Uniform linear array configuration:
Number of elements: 8
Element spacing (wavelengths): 1
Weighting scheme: hamming
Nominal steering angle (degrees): -30
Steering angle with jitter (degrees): -30.37
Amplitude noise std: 0.05
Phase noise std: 0.05

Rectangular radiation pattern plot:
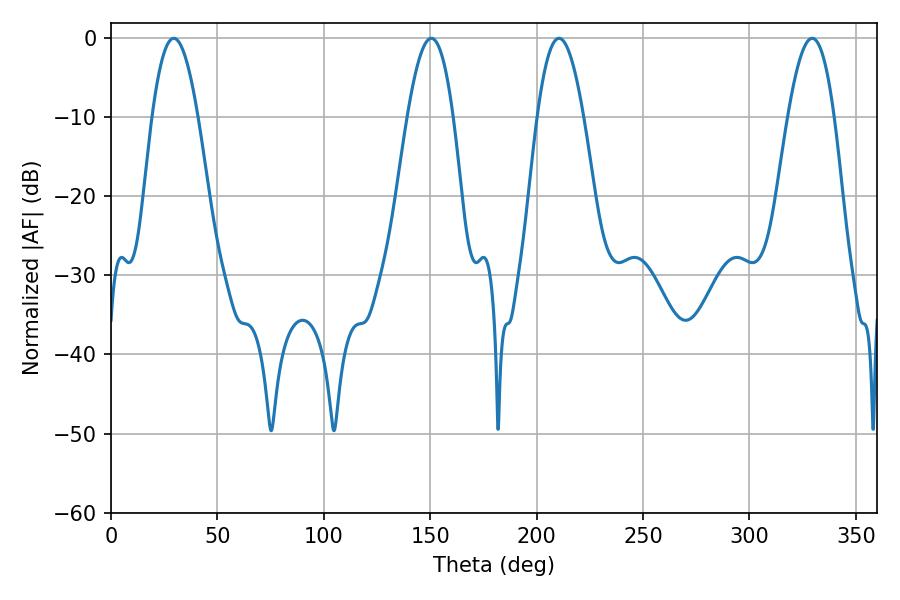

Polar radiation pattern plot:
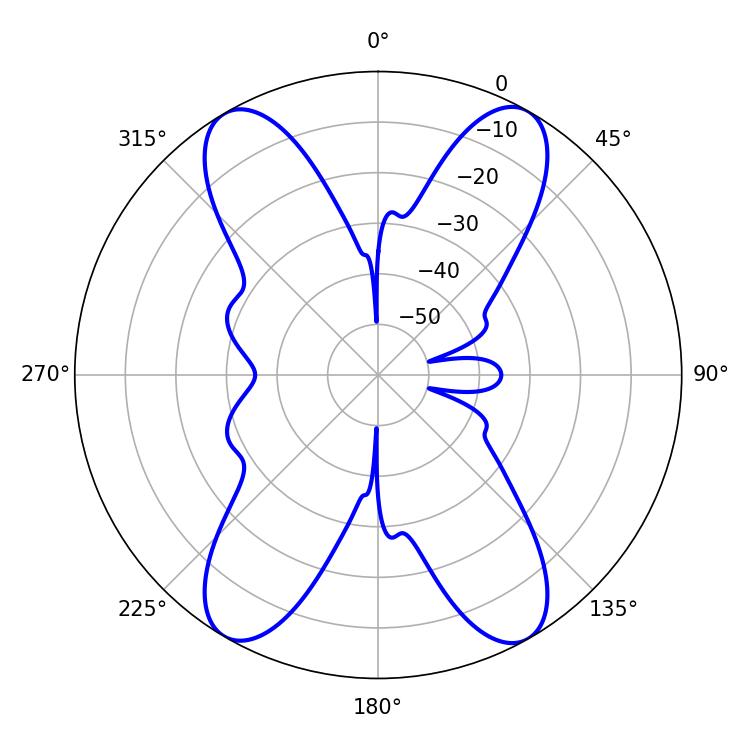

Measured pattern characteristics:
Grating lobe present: TRUE
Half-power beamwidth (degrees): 11.7
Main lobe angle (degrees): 29.52